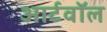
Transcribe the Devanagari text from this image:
आर्टवॉल